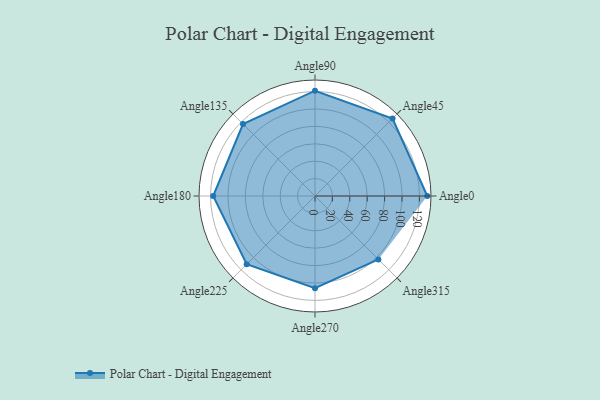
{"axis": {"x": "Angle", "y": "Radius"}, "legend": [""], "data": [{"x": "Angle0", "y": 129.0, "type": ""}, {"x": "Angle45", "y": 126.0, "type": ""}, {"x": "Angle90", "y": 121.0, "type": ""}, {"x": "Angle135", "y": 117.0, "type": ""}, {"x": "Angle180", "y": 117.0, "type": ""}, {"x": "Angle225", "y": 111.0, "type": ""}, {"x": "Angle270", "y": 106.0, "type": ""}, {"x": "Angle315", "y": 103.0, "type": ""}]}